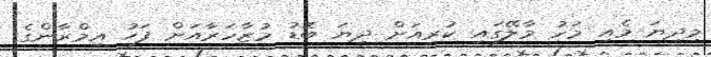
މިދިޔަ މެއި މަހު މާލޭގައި ކުރިއަށް ދިޔަ ބޮޑު މުޒާހަރާއަށް ފަހު އިމްރާންގެ